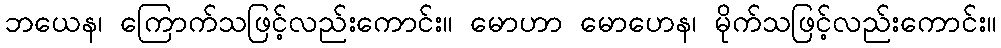
ဘယေန၊ ကြောက်သဖြင့်လည်းကောင်း။ မောဟာ မောဟေန၊ မိုက်သဖြင့်လည်းကောင်း။